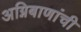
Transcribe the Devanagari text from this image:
अग्निबाणांची